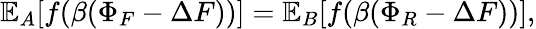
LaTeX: \mathbb{E}_{A}[f(\beta(\Phi_{F}-\Delta F))]=\mathbb{E}_{B}[f(\beta(\Phi_{R}-\Delta F))],